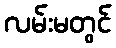
လမ်းမတွင်